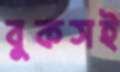
বুকসই